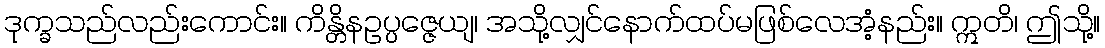
ဒုက္ခသည်လည်းကောင်း။ ကိန္တိနဥပ္ပဇ္ဇေယျ၊ အသို့လျှင်နောက်ထပ်မဖြစ်လေအံ့နည်း။ ဣတိ၊ ဤသို့။